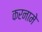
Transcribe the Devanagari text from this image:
करनामे